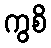
ကွစိ